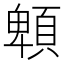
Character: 䫌